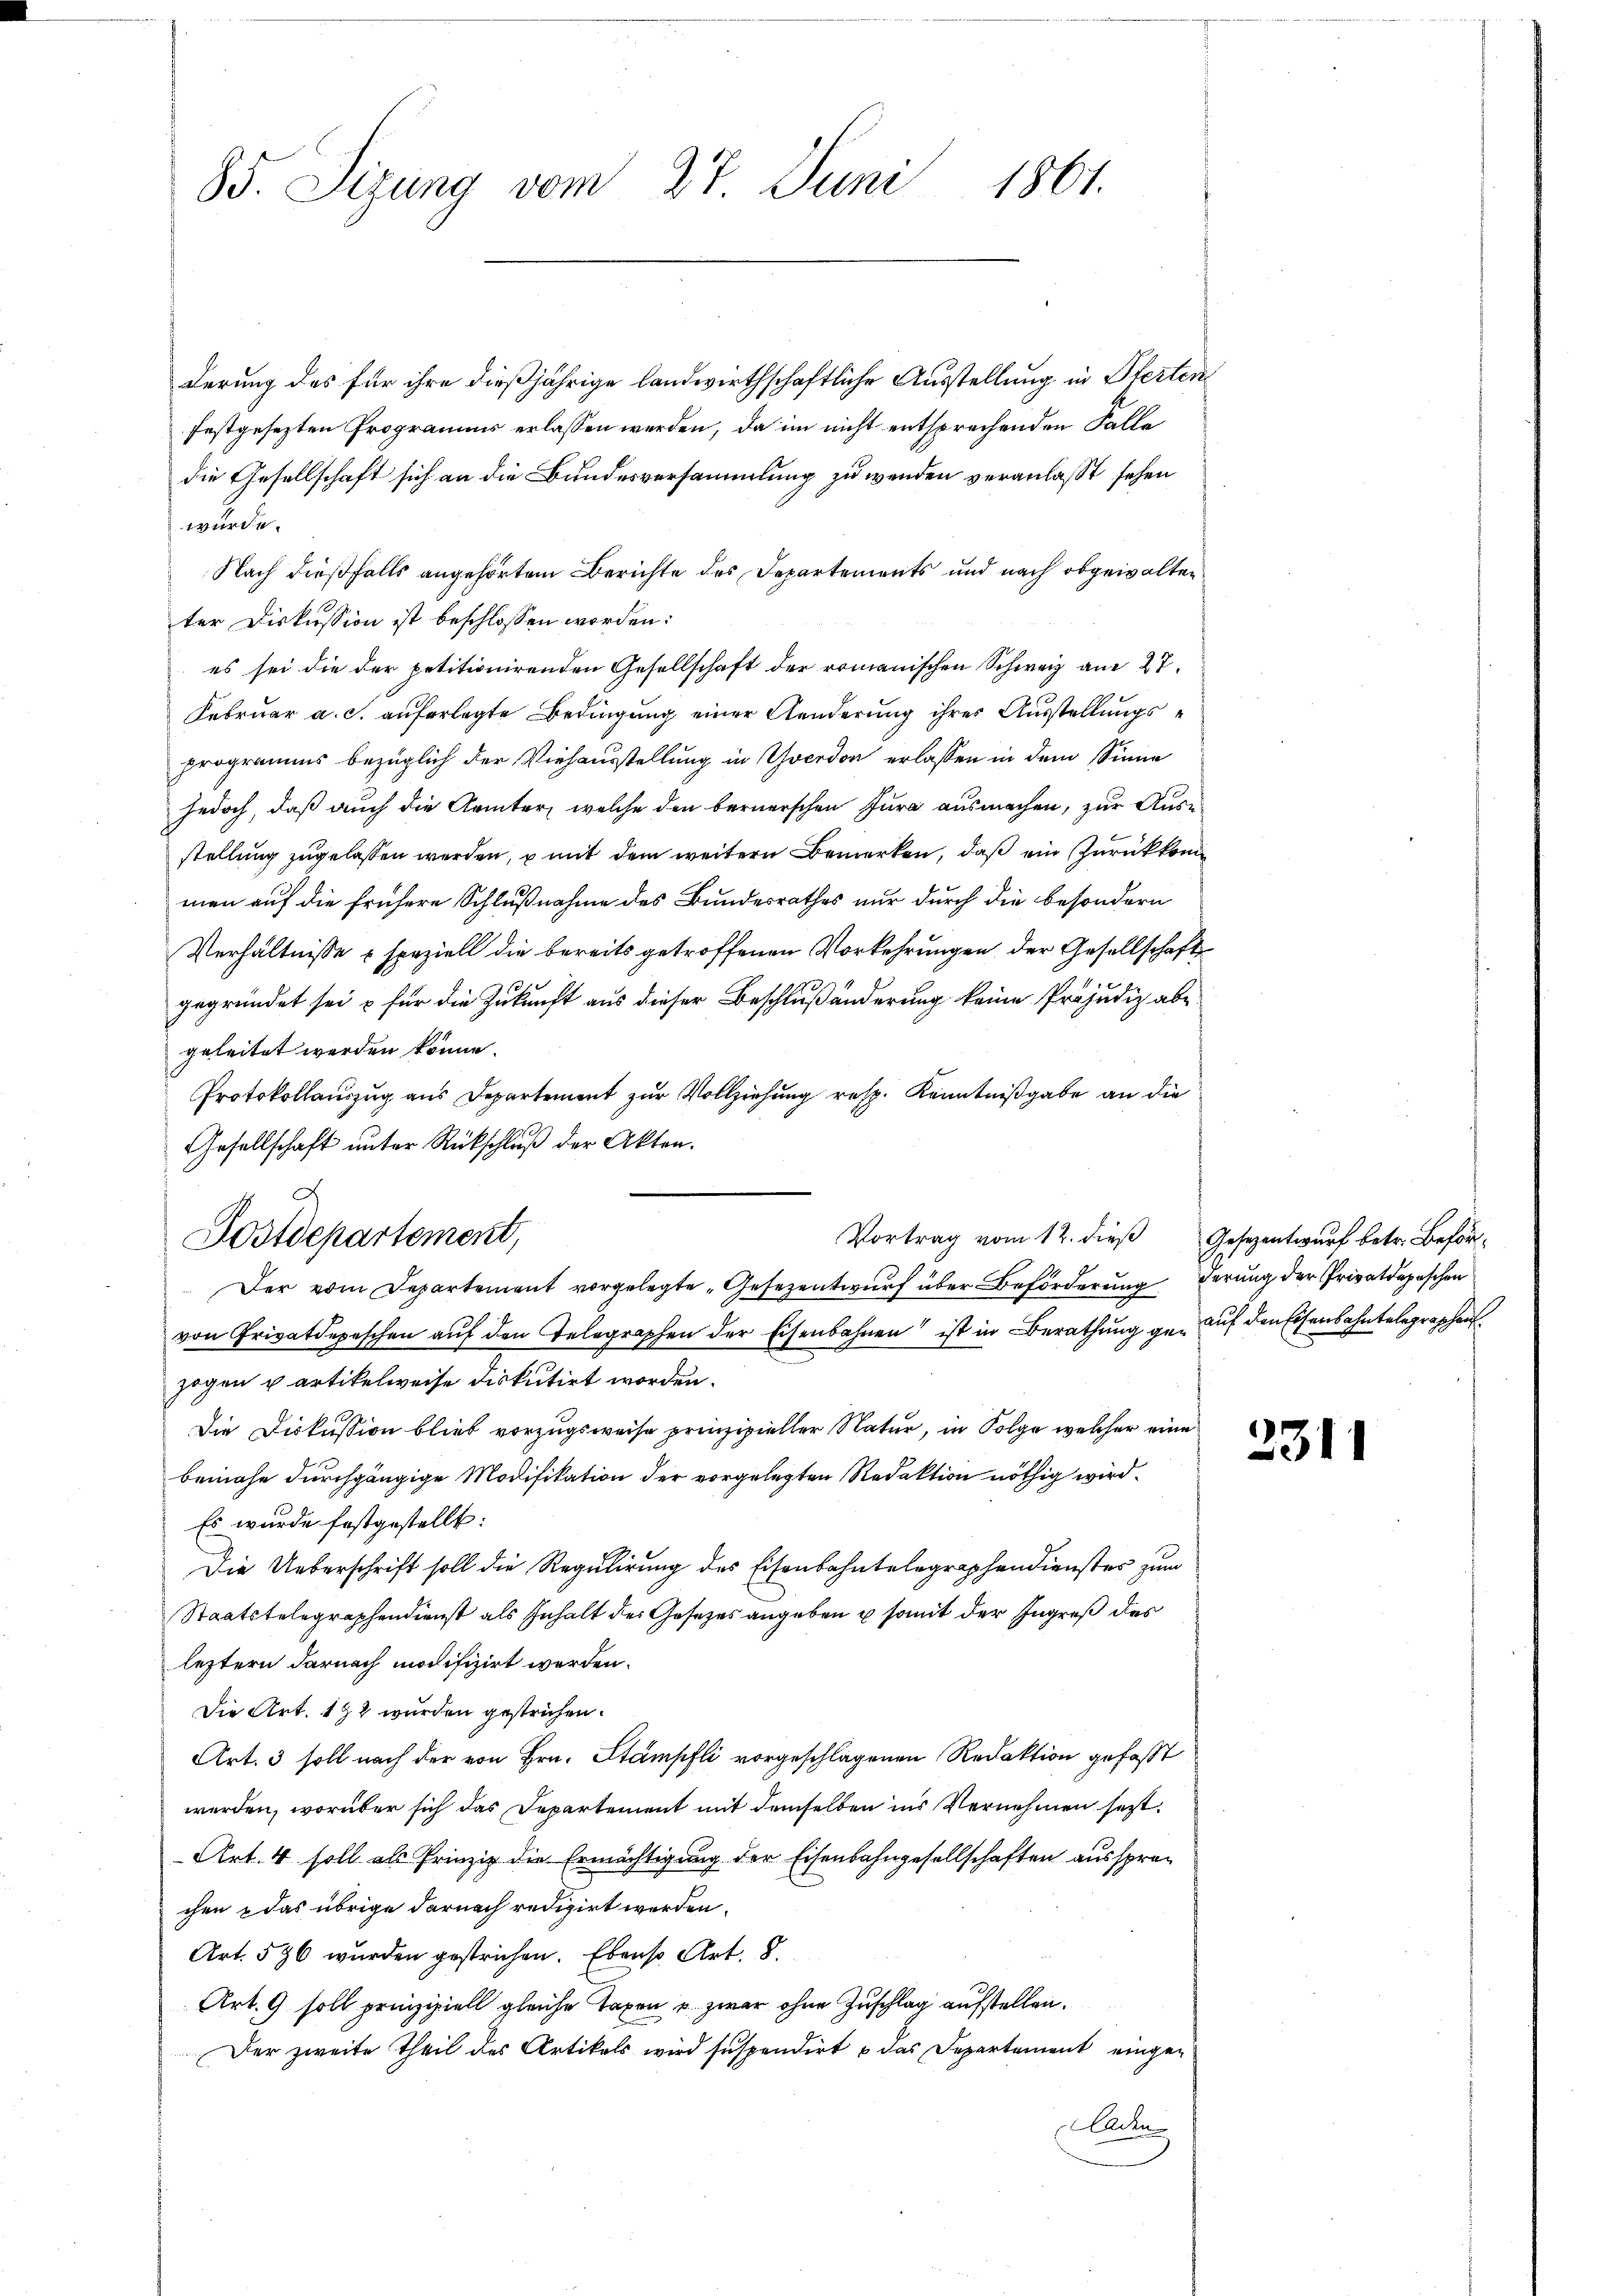
1861.
85. Sizung vom 27. Juni

derung des für ihre dießjährige landwirthschaftliche Ausstellung in Pferten
festgesezten Programms erlassen werden, da im nicht entsprechenden Falle
die Gesellschaft sich an die Bundesversammlung zu wenden veranlaßt sehen
würde.
Nach dießfalls angehörtem Berichte des Departements und nach obgewalten
ter Diskussion ist beschlossen worden:
es sei die der petitionirenden Gesellschaft der romanischen Schweiz am 27.
Februar a. c. auferlegte Bedingung einer Aenderung ihrer Ausstellungsprogramms bezüglich der Viehausstellung in Yverdon erlassen in dem Sinne
jedoch, daß auch die Aemter, welche den bernerschen Jura ausmachen, zur Ausstellung zugelassen werden, u mit dem weitern Bemerken, daß ein Zurückkommen auf die frühere Schlußnahme des Bundesrathes nur durch die besondern
Verhältnisse & speziell die bereits getroffenen Vorkehrungen der Gesellschaft
gegründet sei & für die Zukunft aus dieser Beschlußänderung keine Präjudiz abe
geleitet werden könne.
Protokollauszug aus Departement zur Vollziehung resp. Kenntnißgabe an die
Gesellschaft unter Rückschluß der Akten.
Vortrag vom 12. dieβ Gesezentwurf betr. Beför¬
Der vom Departement vorgelegte „Gesezentwurf über Beförderung derung der Privatdepeschen
von Privatdepeschen aŭf den Telegraphen der Eisenbahnen ist in Berathung genauf den Eisenbahntelegraschen
zogen partikelweise diskutirt worden.
Die Diskussion blieb vorzugsweise prinzipieller Natur, in Folge welcher eine
beinahe durchgängige Modifikation der vorgelegten Redaktion nöthig wird.
Es wurde festgestellt:
Die Ueberschrift soll die Regulirung des Eisenbahntelegraphendienstes zum
Staatstelegraphendienst als Inhalt des Gesetzes angeben & somit der Ingreß des
leztern darnach modifizirt werden.
Die Art. 192 wurden gestrichen.
Art. 3 soll nach der von Hrn. Stämpfli vorgeschlagenen Redaktion gefaßt
werden, worüber sich das Departement mit demselben ins Vernehmen fest.
Art. 4 soll als Prinzip die Ermächtigung der Eisenbahngesellschaften aussprachen & das übrige darnach redigirt werden.
Art. 596 wurden gestrichen. Ebenso Art. 8.
Art. 9 soll prinzipiell gleiche Taxen u. zwar ohne Zuschlag aufstellen.
Der zweite Theil des Artikels wird suspendirt & das Departement einge¬
Acten

.
Fostdepartement,

2311